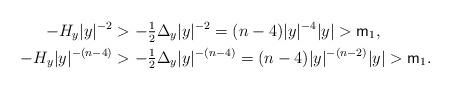
LaTeX: \begin{align*} -H_y|y|^{-2} &> - \tfrac{1}{2} \Delta_y|y|^{-2} = (n-4) |y|^{-4} |y|>{\sf m}_1, \\ -H_y |y|^{-(n-4)} &> - \tfrac{1}{2} \Delta_y|y|^{-(n-4)} = (n-4) |y|^{-(n-2)} |y|>{\sf m}_1. \end{align*}